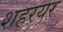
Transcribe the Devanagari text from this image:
शहरयर